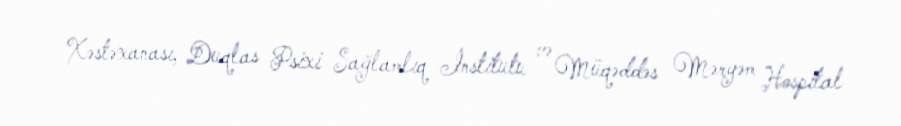
Xəstəxanası, Duqlas Psixi Sağlamlıq İnstitutu və Müqəddəs Məryəm Hospital